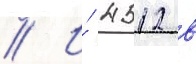
// И́ 4512 в